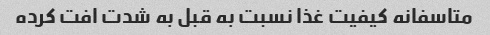
متاسفانه کیفیت غذا نسبت به قبل به شدت افت کرده